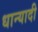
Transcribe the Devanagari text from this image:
धान्यादी